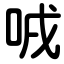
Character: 㖅